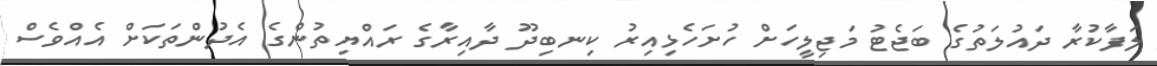
ލަފާކުރާ ދައުލަތުގެ ބަޖެޓު މަޖިލީހަށް ހުށަހެޅިއިރު ކިނބިދޫ ދާއިރާގެ ރައްޔިތުންގެ އެދުންތަކަށް އެއްވެސް